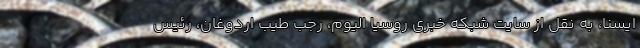
ایسنا، به نقل از سایت شبکه خبری روسیا الیوم، رجب طیب اردوغان، رئیس